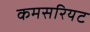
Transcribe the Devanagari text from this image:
कमसरियट